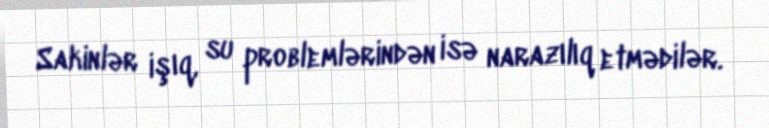
Sakinlər işıq, su problemlərindən isə narazılıq etmədilər.